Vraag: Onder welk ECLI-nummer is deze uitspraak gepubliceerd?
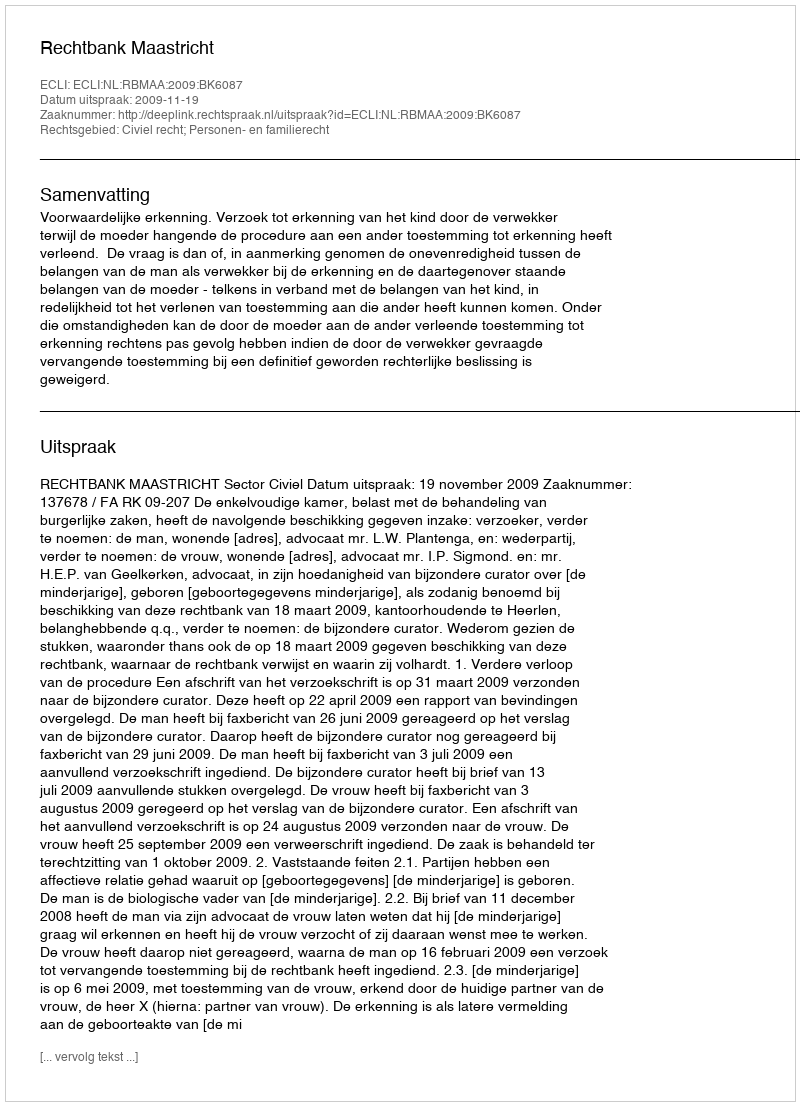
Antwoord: ECLI:NL:RBMAA:2009:BK6087